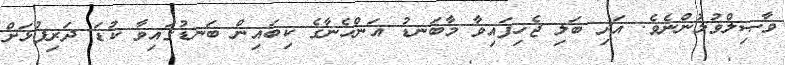
ވާޞިލްވުމުންނެވެ. އަދި ބަލި ޖެހިފައިވާ މާބަނޑު އަންހެނާގެ ކިބައިން ބަނޑުގައިވާ ކުޑަ ދަރިފުޅަށް